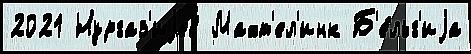
2021 Нургаз'иjев Махт'ел'инк Б'е́льг'иjа